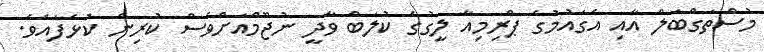
މުސްތަގްބަލް އާއި އެގައުމުގެ ޕްރިމިއާ ލީގުގެ ކުލަބް ވާދީ ނުޖޫމްއަށްވެސް ކުރިން ކުޅެފައެވެ.